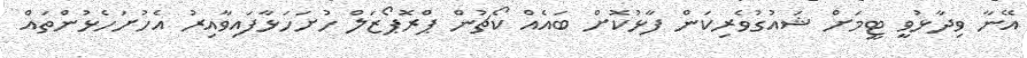
އޭނާ ވިދާޅުވީ ޓީމަށް ޝައުގުވެރިކަން ފާޅުކޮށް ބައެއް ކޯޗުން ޕްރޮޕޯޒަލް ހުށަހަޅާފައިވާއިރު އެހުށަހެޅުންތައް